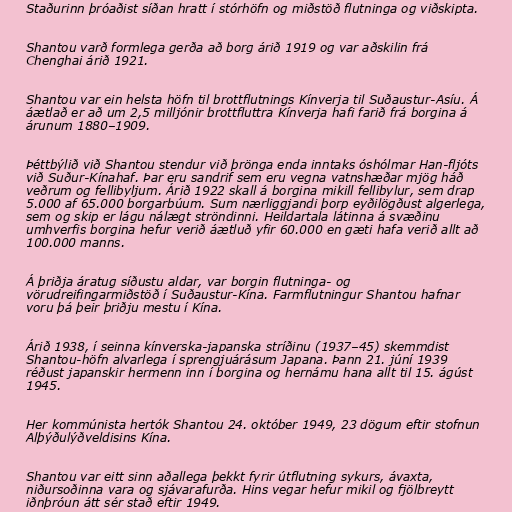
Staðurinn þróaðist síðan hratt í stórhöfn og miðstöð flutninga og viðskipta.

Shantou varð formlega gerða að borg árið 1919 og var aðskilin frá
Chenghai árið 1921.

Shantou var ein helsta höfn til brottflutnings Kínverja til Suðaustur-Asíu. Á
áætlað er að um 2,5 milljónir brottfluttra Kínverja hafi farið frá borgina á
árunum 1880–1909.

Þéttbýlið við Shantou stendur við þrönga enda inntaks óshólmar Han-fljóts
við Suður-Kínahaf. Þar eru sandrif sem eru vegna vatnshæðar mjög háð
veðrum og fellibyljum. Árið 1922 skall á borgina mikill fellibylur, sem drap
5.000 af 65.000 borgarbúum. Sum nærliggjandi þorp eyðilögðust algerlega,
sem og skip er lágu nálægt ströndinni. Heildartala látinna á svæðinu
umhverfis borgina hefur verið áætluð yfir 60.000 en gæti hafa verið allt að
100.000 manns.

Á þriðja áratug síðustu aldar, var borgin flutninga- og
vörudreifingarmiðstöð í Suðaustur-Kína. Farmflutningur Shantou hafnar
voru þá þeir þriðju mestu í Kína.

Árið 1938, í seinna kínverska-japanska stríðinu (1937–45) skemmdist
Shantou-höfn alvarlega í sprengjuárásum Japana. Þann 21. júní 1939
réðust japanskir ​​hermenn inn í borgina og hernámu hana allt til 15. ágúst
1945.

Her kommúnista hertók Shantou 24. október 1949, 23 dögum eftir stofnun
Alþýðulýðveldisins Kína.

Shantou var eitt sinn aðallega þekkt fyrir útflutning sykurs, ávaxta,
niðursoðinna vara og sjávarafurða. Hins vegar hefur mikil og fjölbreytt
iðnþróun átt sér stað eftir 1949.